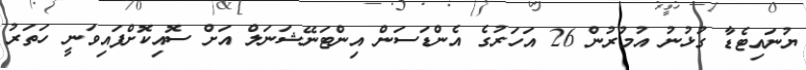
ޔުނައިޓެޑާ ގުޅުނު އުމުރުން 26 އަހަރުގެ އެންޑަސަން އިންޓަނޭޝަނަލް އަށް ސޮއިކޮށްފައިވަނީ ހަތަރު